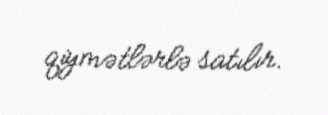
qiymətlərlə satılır.